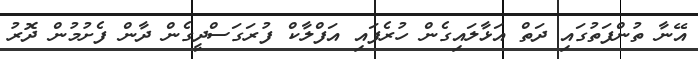
އޭނާ ތުންފަތުގައި ދަތް އަޅާލައިގެން ހުރެފައި އަފްލާކް ފުރަގަސްދީގެން ދާން ފެށުމުން ދޮރު